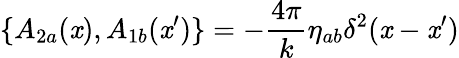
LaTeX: \{ A_{2a}(\mathit{x}),A_{1b}(\mathit{x}^{\prime})\} =-\frac{{4\pi}}{{k}}\eta_{ab}\delta^{2}(\mathit{x}-\mathit{x}^{\prime})